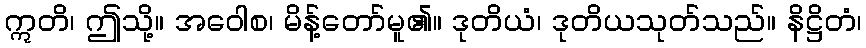
ဣတိ၊ ဤသို့။ အဝေါစ၊ မိန့်တော်မူ၏။ ဒုတိယံ၊ ဒုတိယသုတ်သည်။ နိဋ္ဌိတံ၊